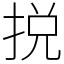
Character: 捝